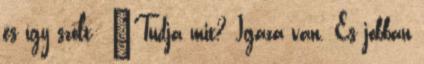
és így szólt: ’Tudja mit? Igaza van. És jobban